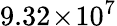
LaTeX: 9.32\! \times\! 10^{7}